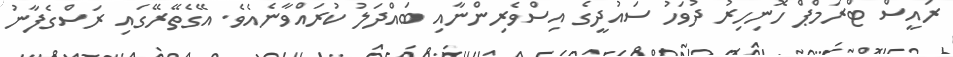
ރައީސް ޓްރަމްޕް ހޮނިހިރު ދުވަހު ސައުދީގެ އިސްވެރިންނާއި ބައްދަލު ކުރައްވާނެއެވެ. އޭގެތޭރޭގައި ރަސްގެފާނު